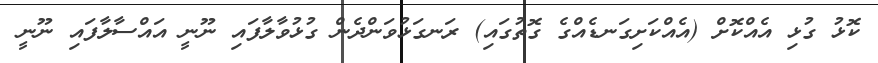
ކޮޅު ގުޅި އެއްކޮށް (އެއްކަށިގަނޑެއްގެ ގޮތުގައި) ރަނގަޅުވަންދެން ގުޅުވާލާފައި ނޫނީ އައްސާލާފައި ނޫނީ